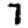
Digit: 7